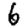
Digit: 6